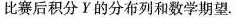
比赛后积分￥的分布列和数学期望.